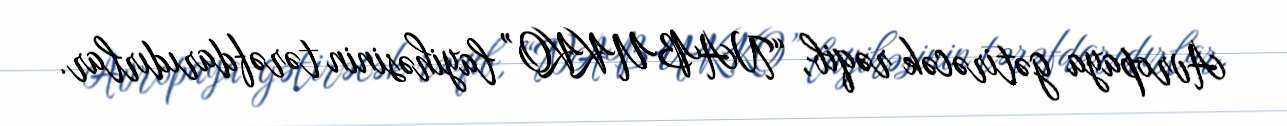
Avropaya gətirəcək rəqib, “NABUKKO” layihəsinin tərəfdarıdırlar.